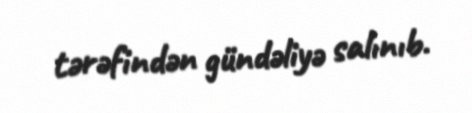
tərəfindən gündəliyə salınıb.